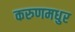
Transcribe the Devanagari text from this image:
करुणमधुर